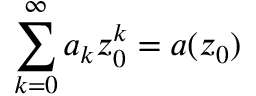
\sum _ { k = 0 } ^ { \infty } a _ { k } z _ { 0 } ^ { k } = a ( z _ { 0 } )